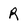
Character: R